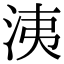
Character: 洟